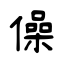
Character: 僺